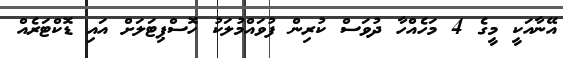
އޭނާއަކީ މީގެ 4 މަހެއްހާ ދުވަސް ކުރިން ފުވައްމުލަކު ހޮސްޕިޓަލަށް އައި ޑޮކްޓަރެއް